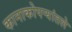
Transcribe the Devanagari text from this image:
कानाकोपर्‍यांतले